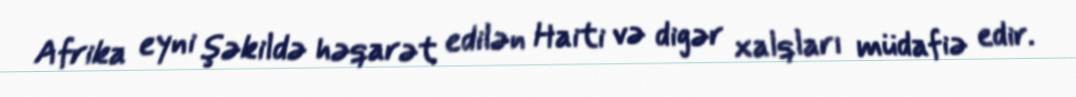
Afrika eyni şəkildə həqarət edilən Haiti və digər xalqları müdafiə edir.